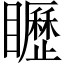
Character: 𥌮